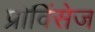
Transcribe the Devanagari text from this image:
प्रोविंसेज